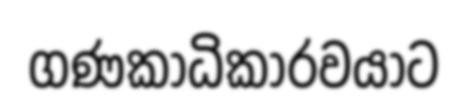
ගණකාධිකාරවයාට